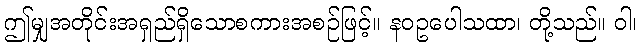
ဤမျှအတိုင်းအရှည်ရှိသောစကားအစဉ်ဖြင့်။ နဝဥပေါသထာ၊ တို့သည်။ ဝါ၊